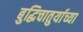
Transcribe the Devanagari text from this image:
बुद्धिचातुर्याच्या